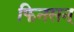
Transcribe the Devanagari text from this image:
फिनसन्‌